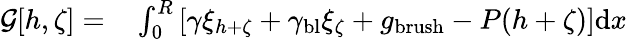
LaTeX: \begin{array}{rl}{\mathcal{G}[h,\zeta]=}&{{}\int_{0}^{R}\left[\gamma\xi_{h+\zeta}+\gamma_{\mathrm{bl}}\xi_{\zeta}+g_{\mathrm{brush}}-P(h+\zeta)\right]\mathrm{d}x}\end{array}